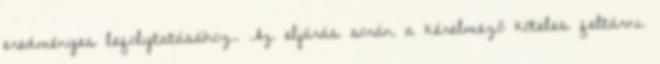
eredményes lefolytatásához. Az eljárás során a kérelmező köteles feltárni